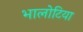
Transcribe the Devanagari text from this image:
भालोटिया